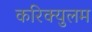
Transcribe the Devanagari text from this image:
करिक्युलम